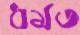
ধর্মত